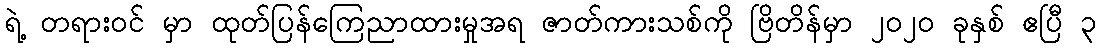
ရဲ့ တရားဝင် မှာ ထုတ်ပြန်ကြေညာထားမှုအရ ဇာတ်ကားသစ်ကို ဗြိတိန်မှာ ၂၀၂၀ ခုနှစ် ဧပြီ ၃